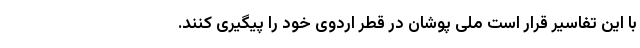
با این تفاسیر قرار است ملی پوشان در قطر اردوی خود را پیگیری کنند.